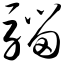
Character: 骝